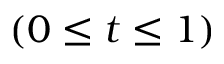
( 0 \leq t \leq 1 )